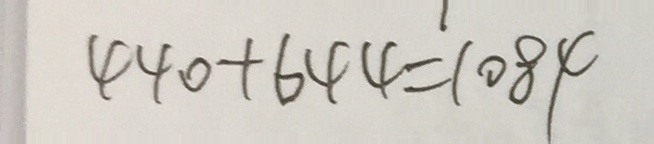
4 4 0 + 6 4 4 = 1 0 8 4